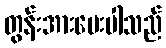
တွန်းအားပေးပါသည်